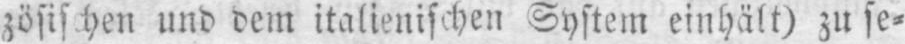
und dem italienischen System einhält) zu se⸗